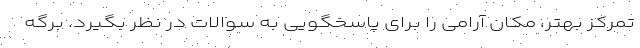
تمرکز بهتر، مکان آرامی را برای پاسخگویی به سوالات در نظر بگیرد. برگه